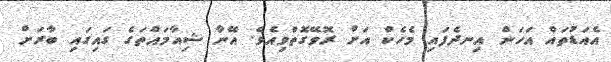
އެއަޑުތައް އަހަން އިނދެފައި މެހެކް އަށް ރޮވޭގޮތްވިއެވެ. އޭނާ ޝިއާމައްތަގެ ގައިގައި ބާރަށް